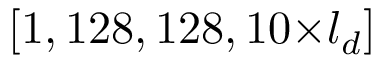
[ 1 , 1 2 8 , 1 2 8 , 1 0 \small { \times } l _ { d } ]